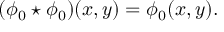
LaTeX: ( \phi _ { 0 } \star \phi _ { 0 } ) ( x , y ) = \phi _ { 0 } ( x , y ) .